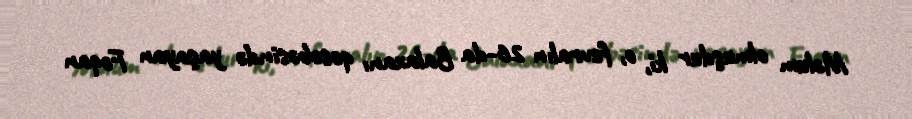
Məlum olmuşdur ki, o, fevralın 26-da Balaxanı qəsəbəsində yaşayan Fəqan